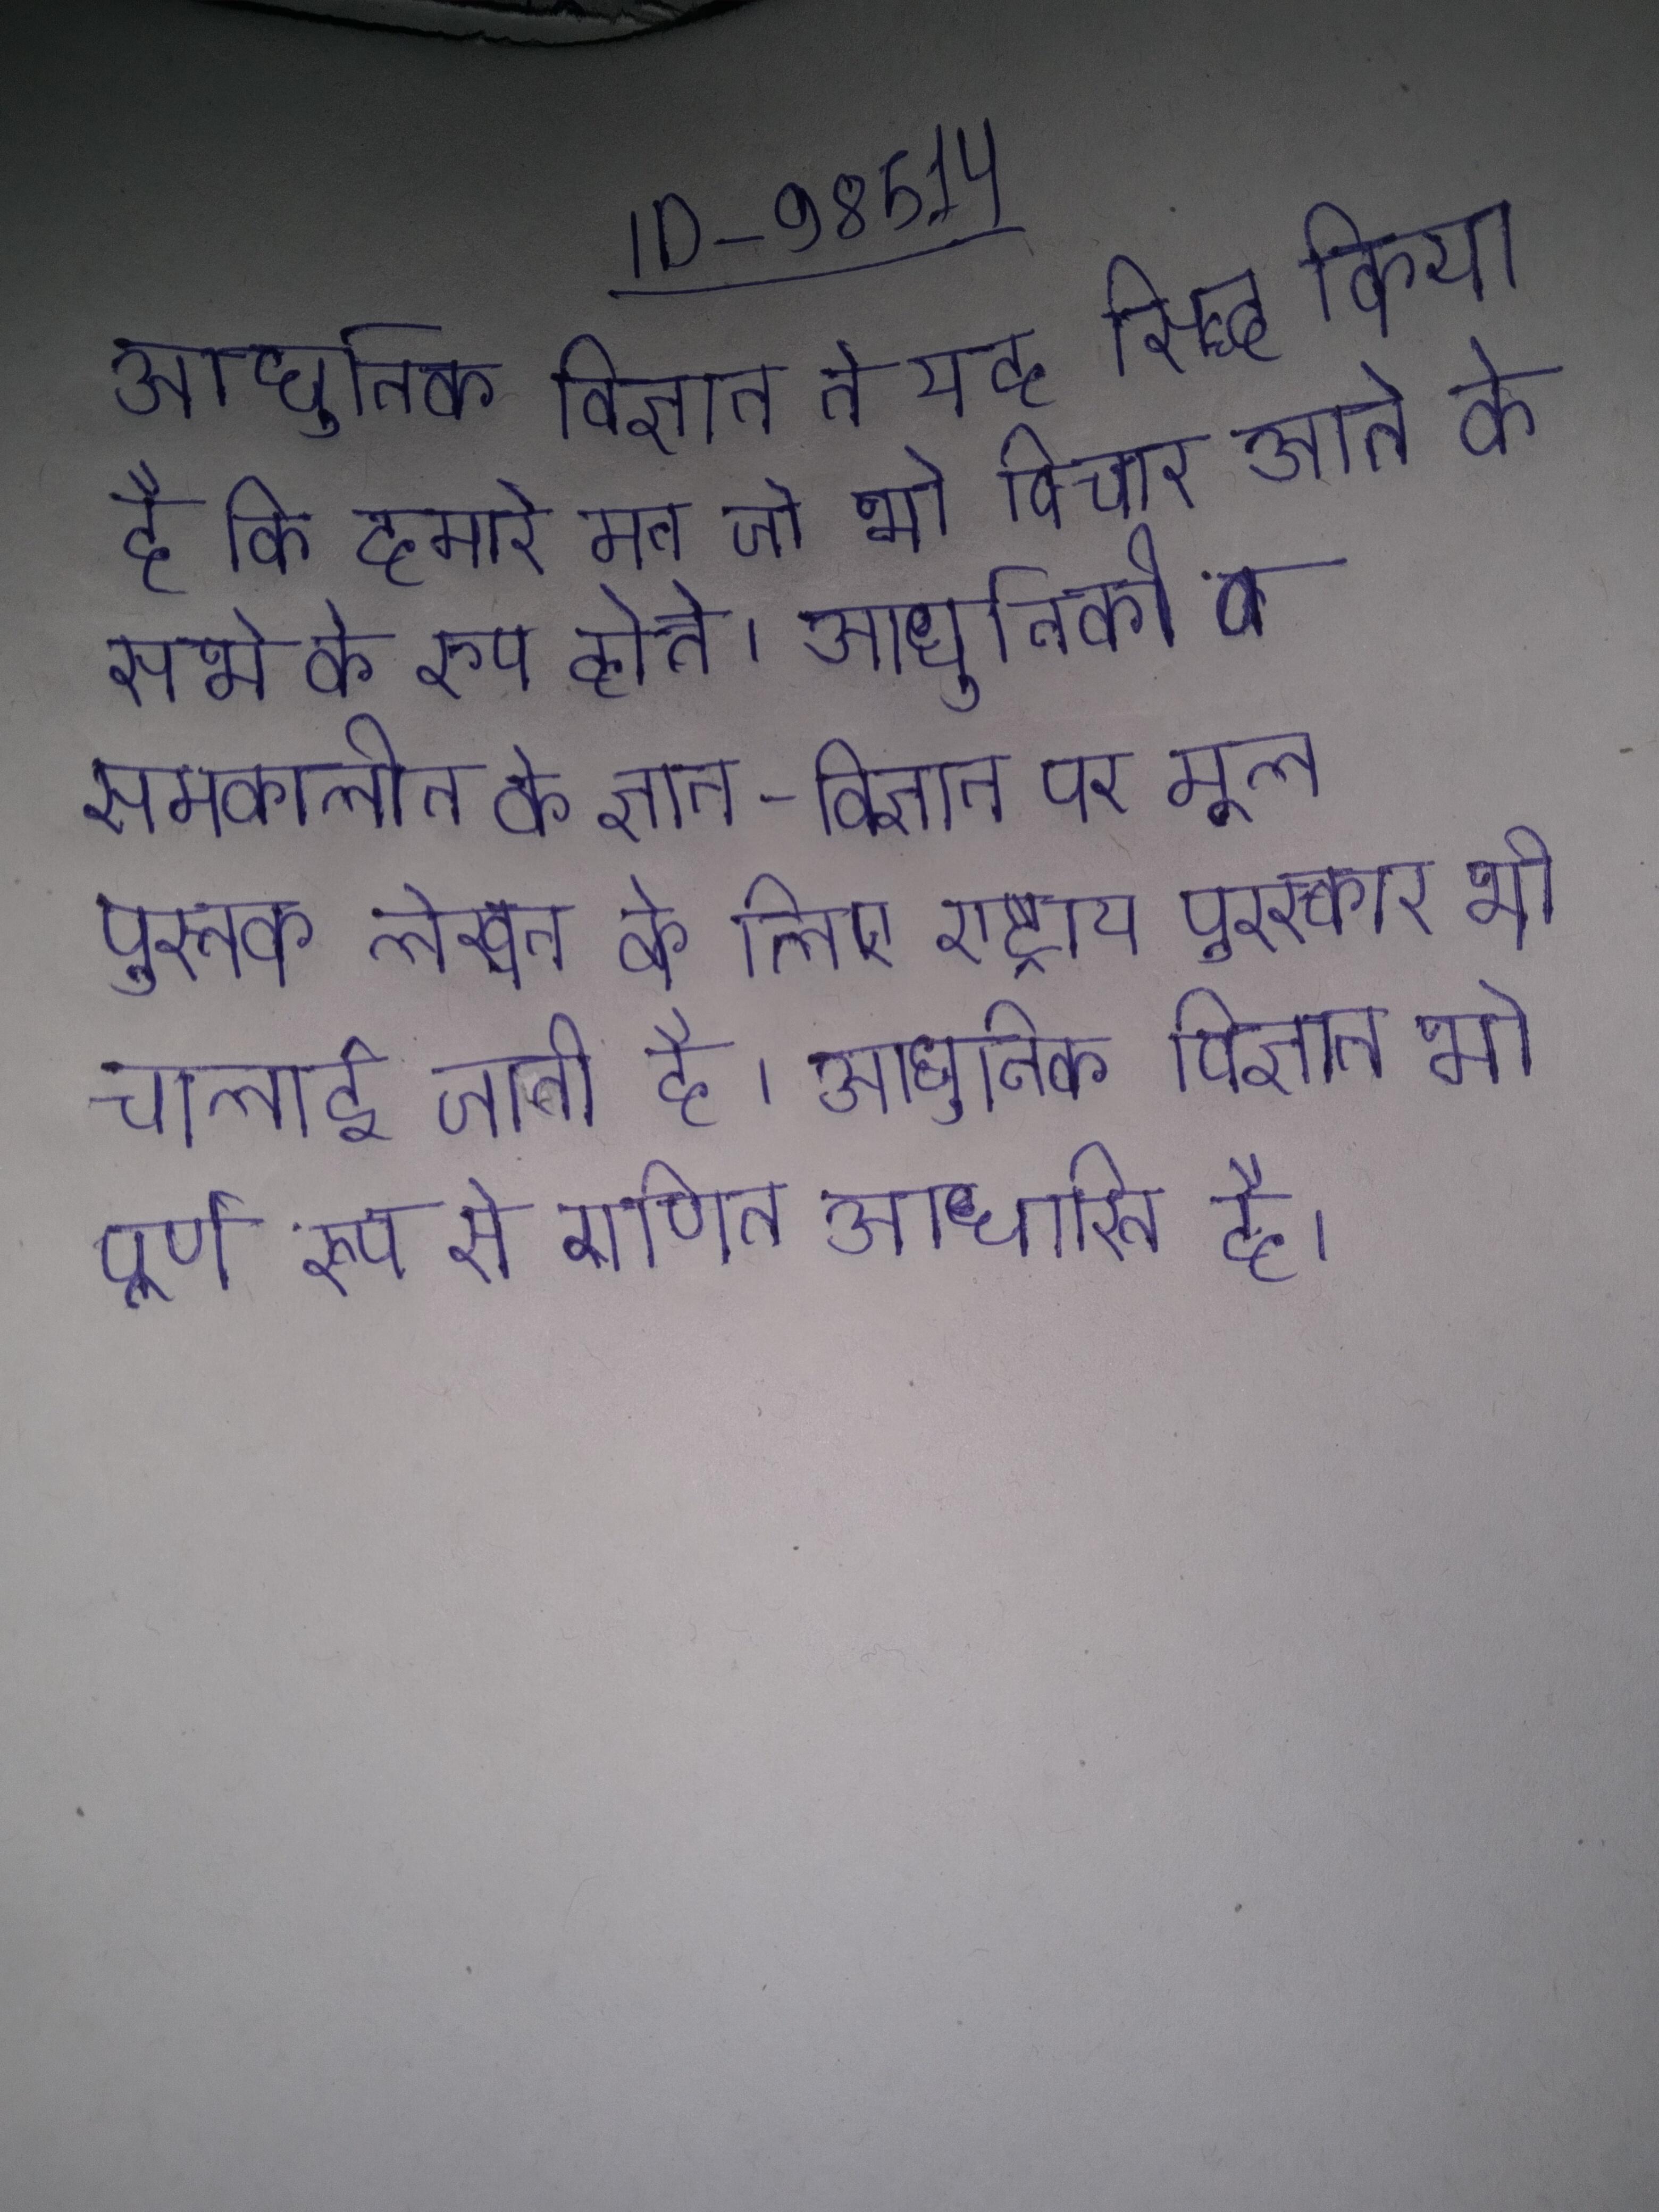
आधुनिक विज्ञान ने यह सिद्ध किया है कि हमारे मन जो भी विचार आते वे सभी के रुप होते । आधुनिक विज्ञान, प्रौद्योगिकी व समकालीन के ज्ञान-विज्ञान पर मूल पुस्तक लेखन के लिए राष्ट्रीय पुरस्कार भी चलाई जाती है । आधुनिक विज्ञान भी पूर्ण रूप से गणित आधारित है ।